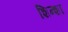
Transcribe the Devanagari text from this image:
शिन्शा